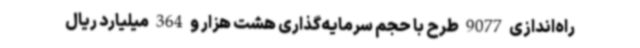
راه‌اندازی 9077 طرح با حجم سرمایه‌گذاری هشت هزار و 364 میلیارد ریال